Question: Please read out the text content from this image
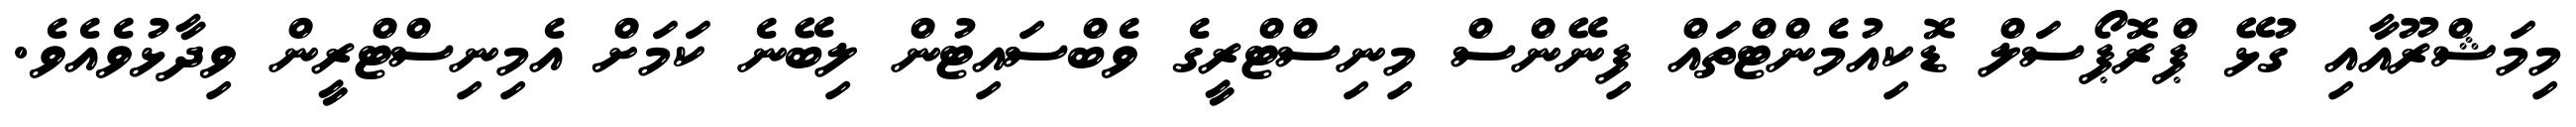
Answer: މިމަޝްރޫއާއި ގުޅޭ ޕްރޮޕޯސަލް ޑޮކިއުމެންޓްތައް ފިނޭންސް މިނިސްޓްރީގެ ވެބްސައިޓުން ލިބޭނެ ކަމަށް އެމިނިސްޓްރީން ވިދާޅުވެއެވެ.